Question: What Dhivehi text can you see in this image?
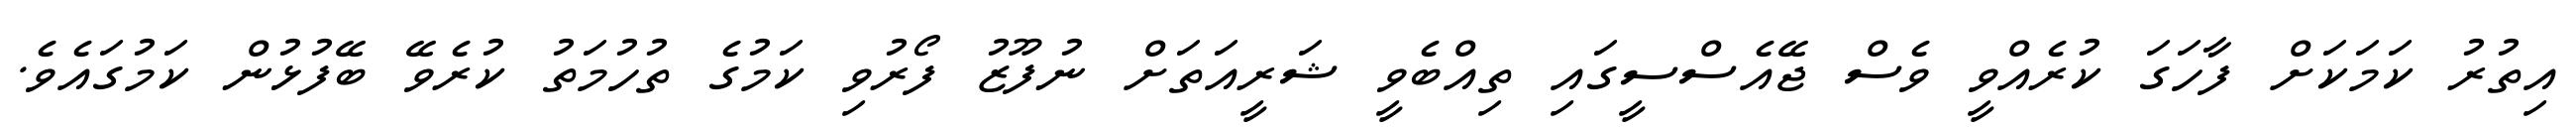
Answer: އިތުރު ކަމަކަށް ފާހަގަ ކުރެއްވީ ވެސް ޖޭއެސްސީގައި ތިއްބެވީ ޝަރީއަތަށް ނުފޫޒު ފޯރުވި ކަމުގެ ތުހުމަތު ކުރެވޭ ބޭފުޅުން ކަމުގައެވެ.